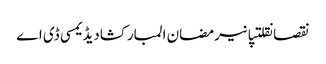
نقصانقلتپانیرمضان المبارکشادیڈیمسی ڈی اے